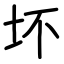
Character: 坏